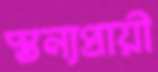
স্তন্যপ্রায়ী